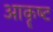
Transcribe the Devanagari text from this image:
आकॄष्‍ट